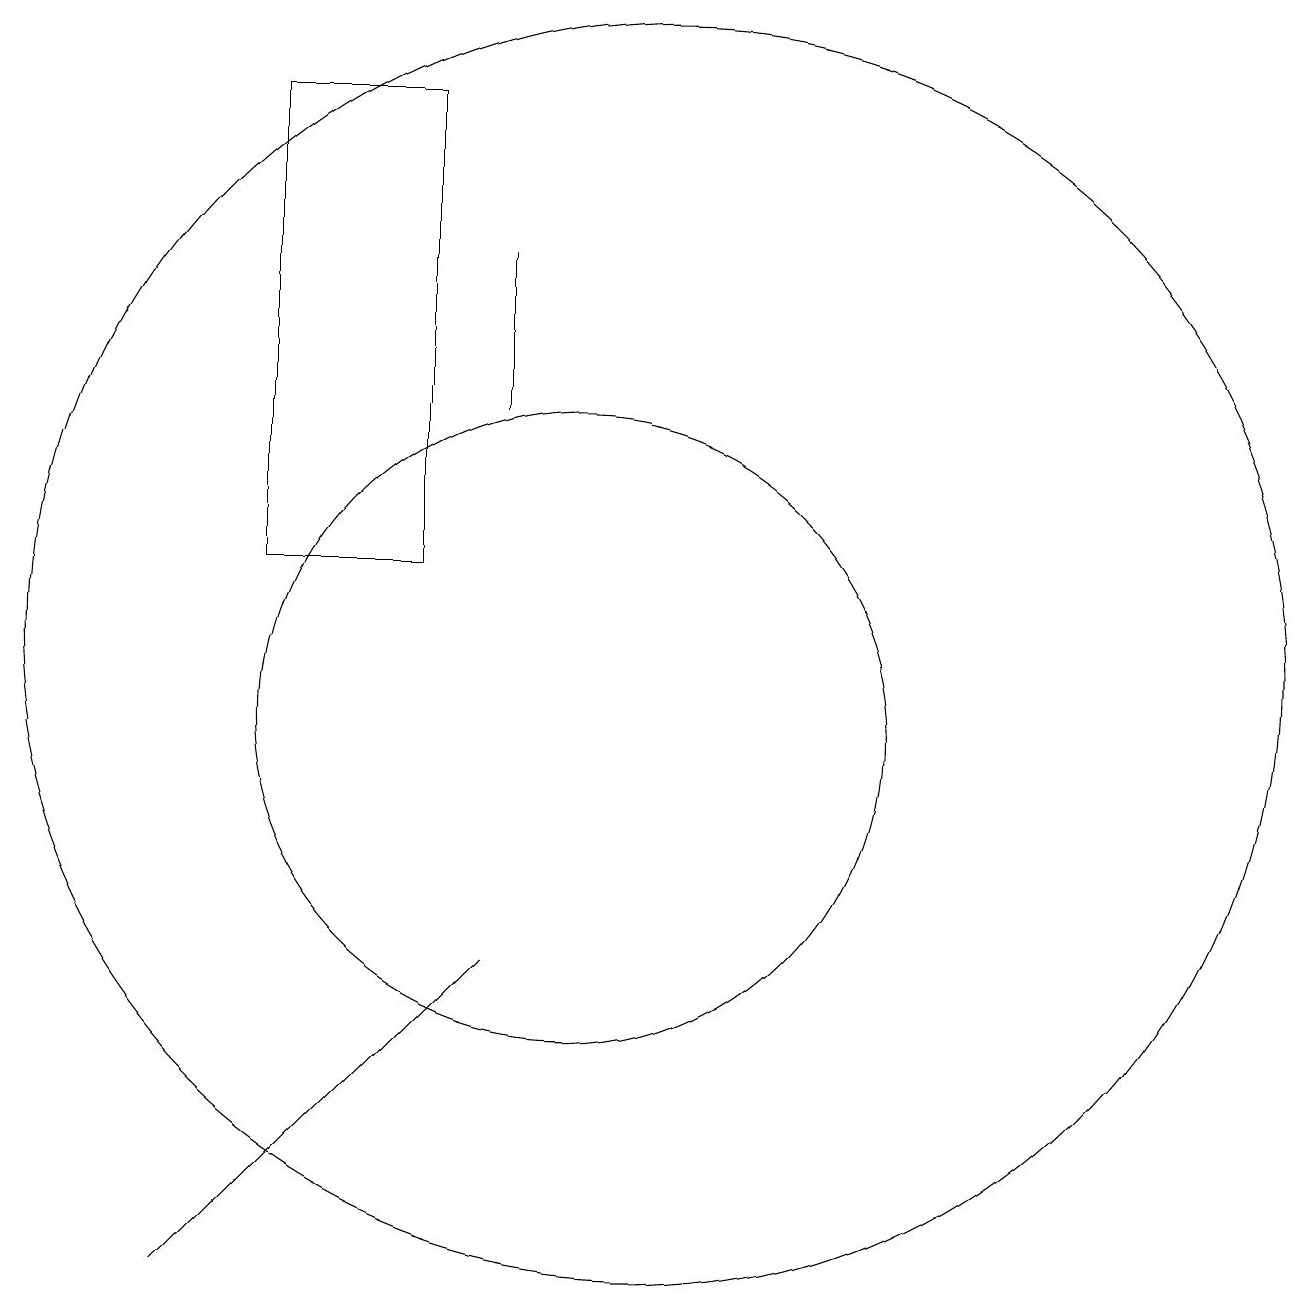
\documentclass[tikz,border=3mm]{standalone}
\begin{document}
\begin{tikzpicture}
\draw (11,11) circle (8);
\draw (5,3) -- (9,7) -- (5,3) -- cycle;
\draw (8,12) rectangle (6,18);
\draw (9,14) rectangle (9,16);
\draw (10,10) circle (4);
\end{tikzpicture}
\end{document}